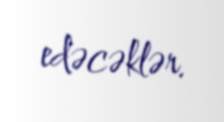
edəcəklər.